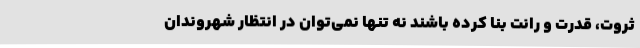
ثروت، قدرت و رانت بنا کرده باشند نه تنها نمی‌توان در انتظارِ شهروندانِ